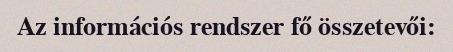
Az információs rendszer fő összetevői: